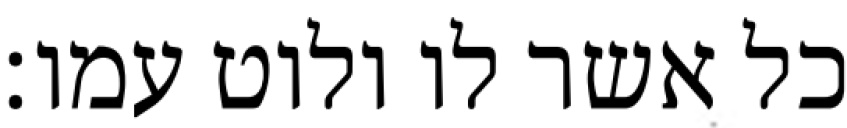
כל אשר לו ולוט עמו׃